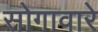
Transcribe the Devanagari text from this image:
सोगावारे